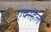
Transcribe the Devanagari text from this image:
एक्स्हेल